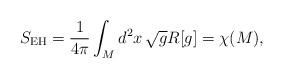
LaTeX: \begin{align*}S_{{\rm EH}} = \frac{1}{4\pi}\int_{M} d^{2}x\, \sqrt{g} R[g] = \chi(M),\end{align*}